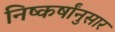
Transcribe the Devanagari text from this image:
निष्कर्षांनुसार